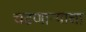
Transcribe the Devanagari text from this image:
चढणार्‍याचा